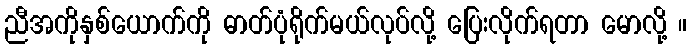
ညီအကိုနှစ်ယောက်ကို ဓာတ်ပုံရိုက်မယ်လုပ်လို့ ပြေးလိုက်ရတာ မောလို့ ။